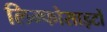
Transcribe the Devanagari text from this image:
लिम्फोसाइटों